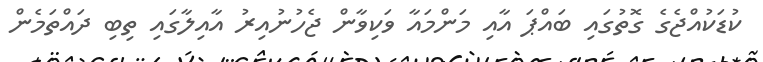
ކުޑަކުއްޖެގެ ގޮތުގައި ބައްޕަ އާއި މަންމައާ ވަކިވާން ޖެހުނުއިރު އާއިލާގައި ތިބި ދައްތަމެން